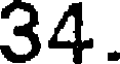
34.